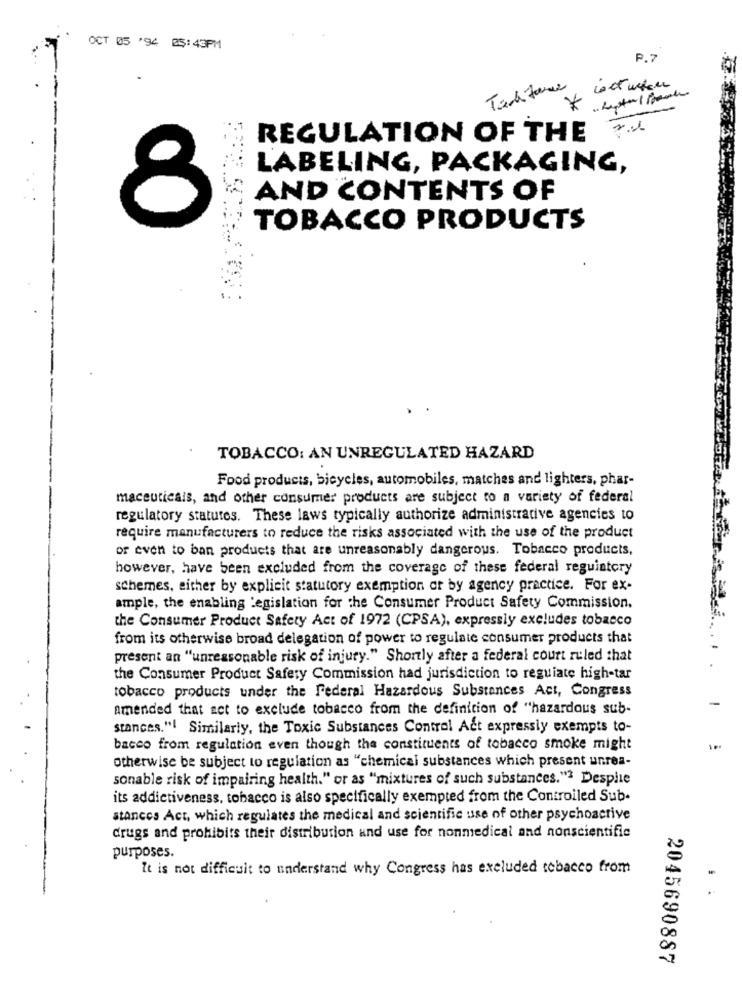
OCT 05 '94 25:43PM
P.7
Tac force
REGULATION OF THE
LABELING, PACKAGING,
AND CONTENTS OF
8
TOBACCO PRODUCTS
TOBACCO: AN UNREGULATED HAZARD
Food products, bicycles, automobiles, matches and lighters, phar-
maceuticals, and other consumer products are subject to a variety of federal
regulatory statutes. These laws typically authorize administrative agencies to
require manufacturers to reduce the risks associated with the use of the product
or even to ban products that are unreasonably dangerous. Tobacco products,
however, have been excluded from the coverage of these federal reguintory
schemes, either by explicit statutory exemption or by agency practice. For ex-
ample, the enabling Legislation for the Consumer Product Safety Commission.
the Consumer Product Safety Act of 1972 (CPSA), expressly excludes tobacco
from its otherwise broad delegation of power to regulate consumer products that
present an "unreasonable risk of injury." Shortly after a federal court ruled that
the Consumer Product Safety Commission had jurisdiction to regulate high-tar
tobacco products under the federal Hazardous Substances Act, Congress
amended that act to exclude tobacco from the definition of "hazardous sub-
stances."! Similarly, the Toxic Substances Control Act expressly exempts to-
bacco from regulation even though the constituents of tobacco smoke might
otherwise be subject to regulation as "chemical substances which present unrea-
sonable risk of impairing health." or as "mixtures of such substances."? Despite
its addictiveness, tobacco is also specifically exempted from the Controlled Sub.
stances Act, which regulates the medical and scientific use of other psychoactive
drugs and prohibits their distribution and use for nonmedical and nonscientific
purposes.
It is not difficult to understand why Congress has excluded tobacco from
. .
2045690887